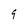
Character: 9